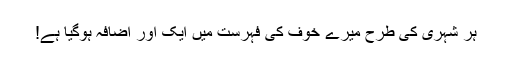
ہر شہری کی طرح میرے خوف کی فہرست میں ایک اور اضافہ ہوگیا ہے!